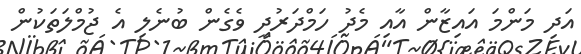
އަދި މަންމަ އައިޒާން އާއި މެދު ހަމްދަރުދީ ވެގެން ބުނެލި އެ ޖުމްލަތަކުން